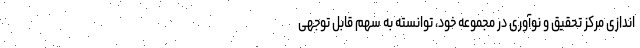
اندازی مرکز تحقیق و نوآوری در مجموعه خود، توانسته به سهم قابل توجهی